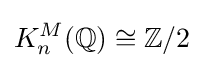
K_{n}^{M}(\mathbb {Q} )\cong \mathbb {Z} /2